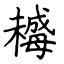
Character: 𣚺